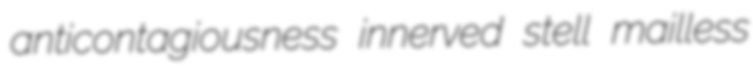
anticontagiousness innerved stell mailless